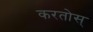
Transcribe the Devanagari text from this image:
करतोस्